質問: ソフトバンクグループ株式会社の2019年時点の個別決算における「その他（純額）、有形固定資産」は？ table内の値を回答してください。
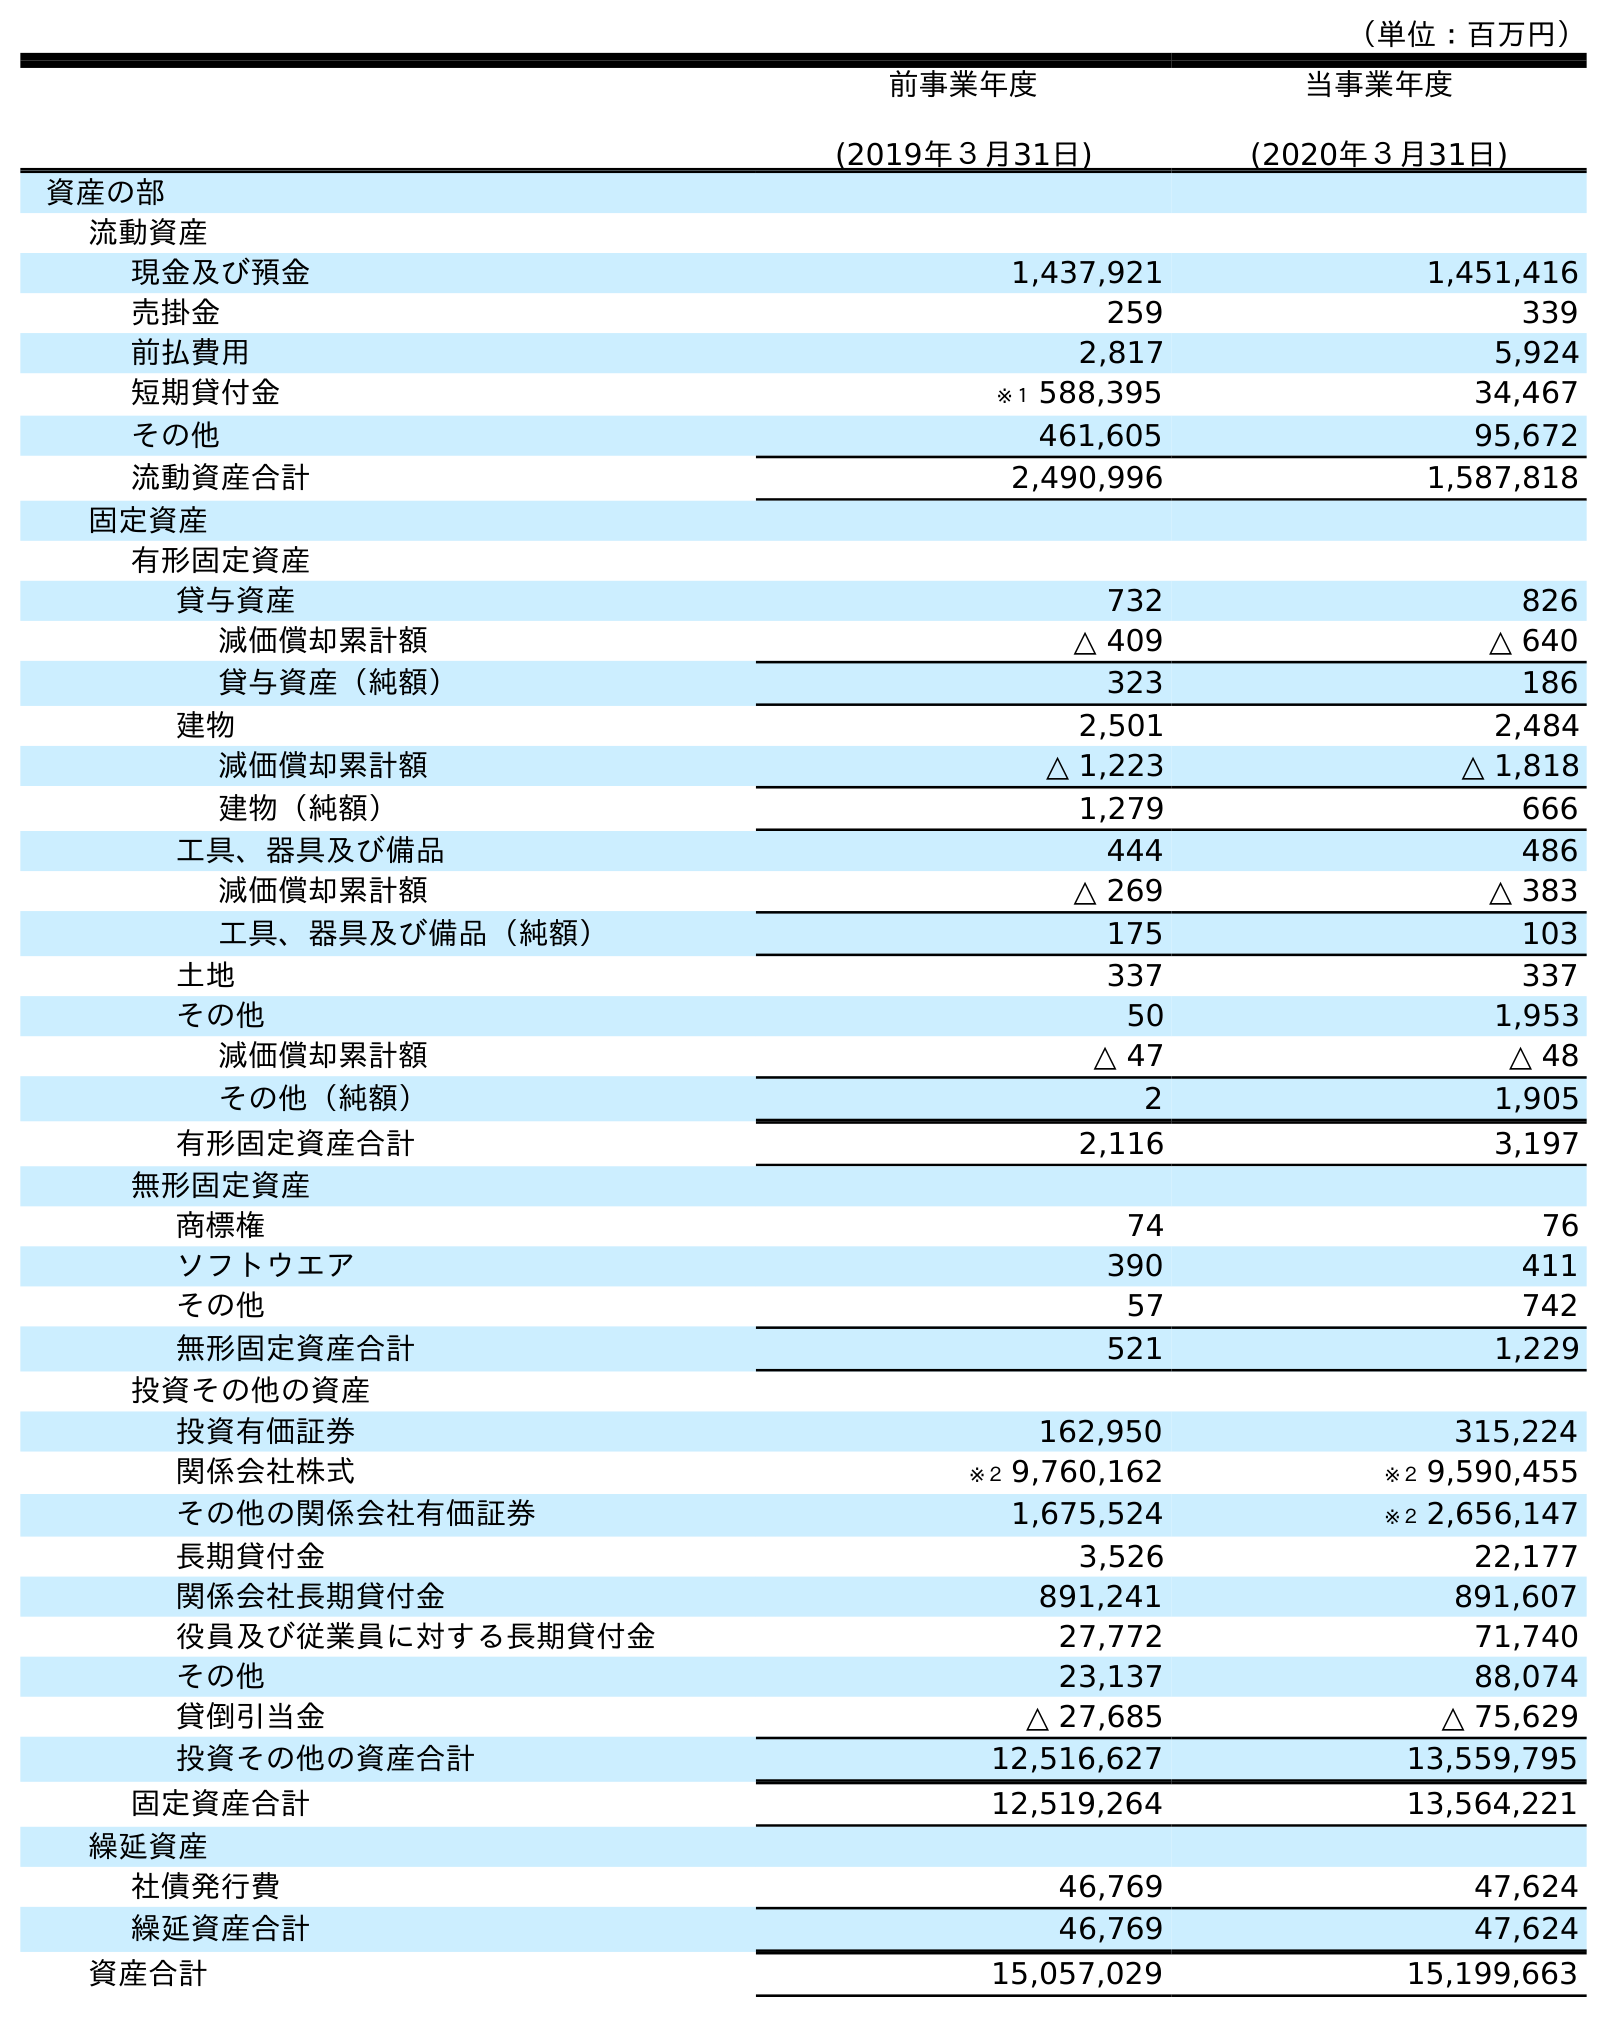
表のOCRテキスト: （単位：百万円） 前事業年度 (2019年３月31日) 当事業年度 (2020年３月31日) 資産の部 流動資産 現金及び預金 1,437,921 1,451,416 売掛金 259 339 前払費用 2,817 5,924 短期貸付金 ※１ 588,395 34,467 その他 461,605 95,672 流動資産合計 2,490,996 1,587,818 固定資産 有形固定資産 貸与資産 732 826 減価償却累計額 △ 409 △ 640 貸与資産（純額） 323 186 建物 2,501 2,484 減価償却累計額 △ 1,223 △ 1,818 建物（純額） 1,279 666 工具、器具及び備品 444 486 減価償却累計額 △ 269 △ 383 工具、器具及び備品（純額） 175 103 土地 337 337 その他 50 1,953 減価償却累計額 △ 47 △ 48 その他（純額） 2 1,905 有形固定資産合計 2,116 3,197 無形固定資産 商標権 74 76 ソフトウエア 390 411 その他 57 742 無形固定資産合計 521 1,229 投資その他の資産 投資有価証券 162,950 315,224 関係会社株式 ※２ 9,760,162 ※２ 9,590,455 その他の関係会社有価証券 1,675,524 ※２ 2,656,147 長期貸付金 3,526 22,177 関係会社長期貸付金 891,241 891,607 役員及び従業員に対する長期貸付金 27,772 71,740 その他 23,137 88,074 貸倒引当金 △ 27,685 △ 75,629 投資その他の資産合計 12,516,627 13,559,795 固定資産合計 12,519,264 13,564,221 繰延資産 社債発行費 46,769 47,624 繰延資産合計 46,769 47,624 資産合計 15,057,029 15,199,663
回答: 2